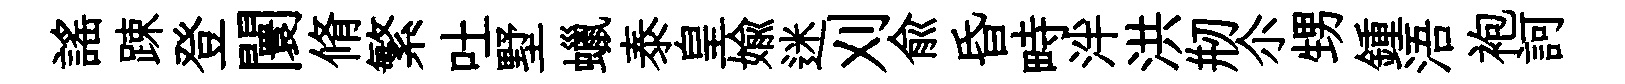
謡踈登闤脩繁吐墅蠟泰皇媮迷刈俞昏畤泮洪剏尒甥鍾浯袍訶